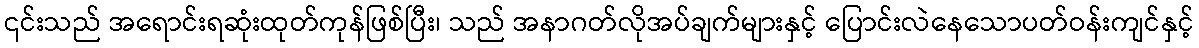
၎င်းသည် အရောင်းရဆုံးထုတ်ကုန်ဖြစ်ပြီး၊ သည် အနာဂတ်လိုအပ်ချက်များနှင့် ပြောင်းလဲနေသောပတ်ဝန်းကျင်နှင့်